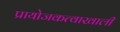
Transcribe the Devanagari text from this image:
प्रायोजकत्वाखाली